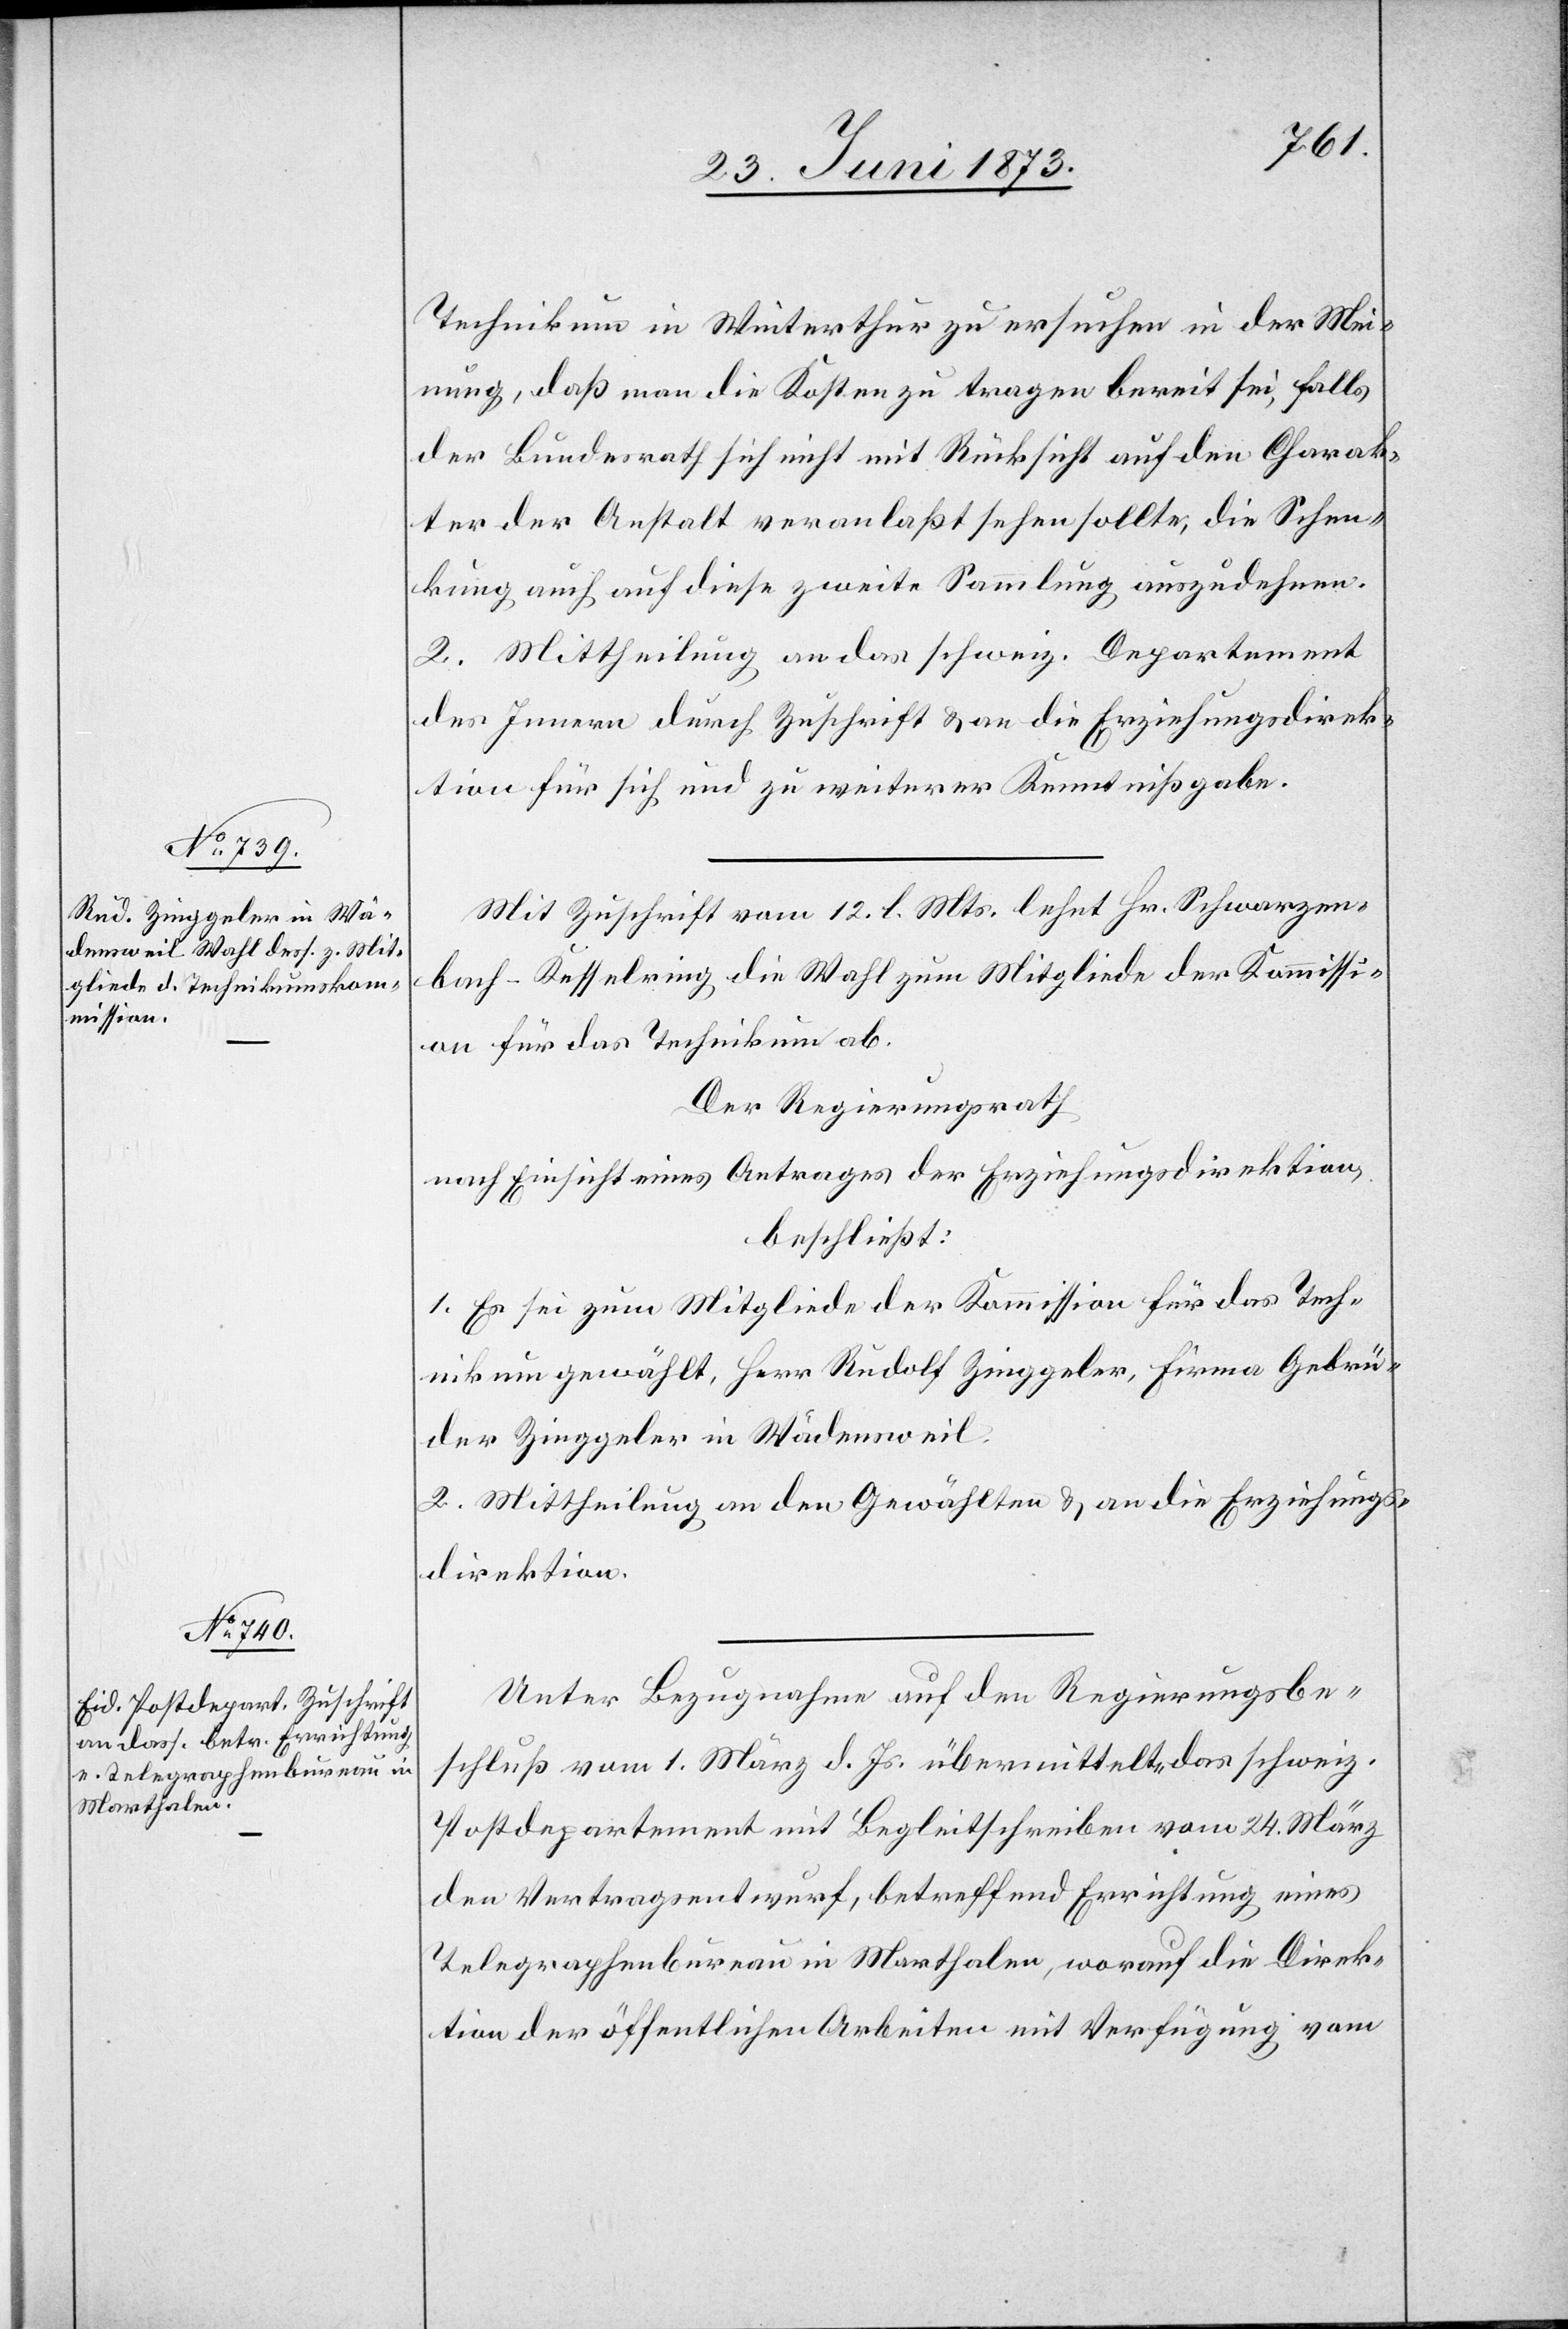
Technikum in Winterthur zu ersuchen in der Mei¬
nung, daß man die Kosten zu tragen bereit sei, falls
der Bundesrath sich nicht mit Rücksicht auf den Charak¬
ter der Anstalt veranlaßt sehen sollte, die Schen¬
kung auch auf diese zweite Sammlung auszudehnen.
2. Mittheilung an das schweiz. Departement
des Innern durch Zuschrift & an die Erziehungsdirek¬
tion für sich und zu weiterer Kenntnißgabe.
Mit Zuschrift vom 12. l. Mts. lehnt Hr. Schwarzen¬
bach-Kesselring die Wahl zum Mitgliede der Kommissi¬
on für das Technikum ab.
Der Regierungsrath
nach Einsicht eines Antrages der Erziehungsdirektion,
beschließt:
1. Es sei zum Mitgliede der Kommission für das Tech¬
nikum gewählt, Herr Rudolf Zinggeler, Firma Gebrü¬
der Zinggeler in Wädensweil.
2. Mittheilung an den Gewählten & an die Erziehungs¬
direktion.
Unter Bezugnahme auf den Regierungsbe¬
schluß vom 1. März d. Js. übermittelt das schweiz.
Postdepartement mit Begleitschreiben vom 24. März
den Vertragsentwurf, betreffend Errichtung eines
Telegraphenbureau in Marthalen, worauf die Direk¬
tion der öffentlichen Arbeiten mit Verfügung vom